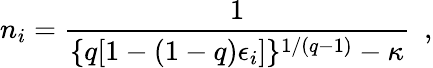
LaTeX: n_{i}=\frac{1}{\{ q[1-(1-q)\epsilon_{i}]\} ^{1/(q-1)}-\kappa}\ \ ,